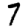
Digit: 7